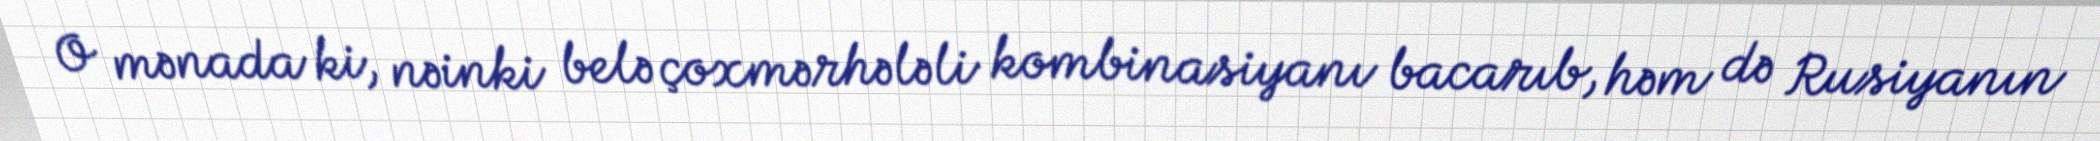
O mənada ki, nəinki belə çoxmərhələli kombinasiyanı bacarıb, həm də Rusiyanın